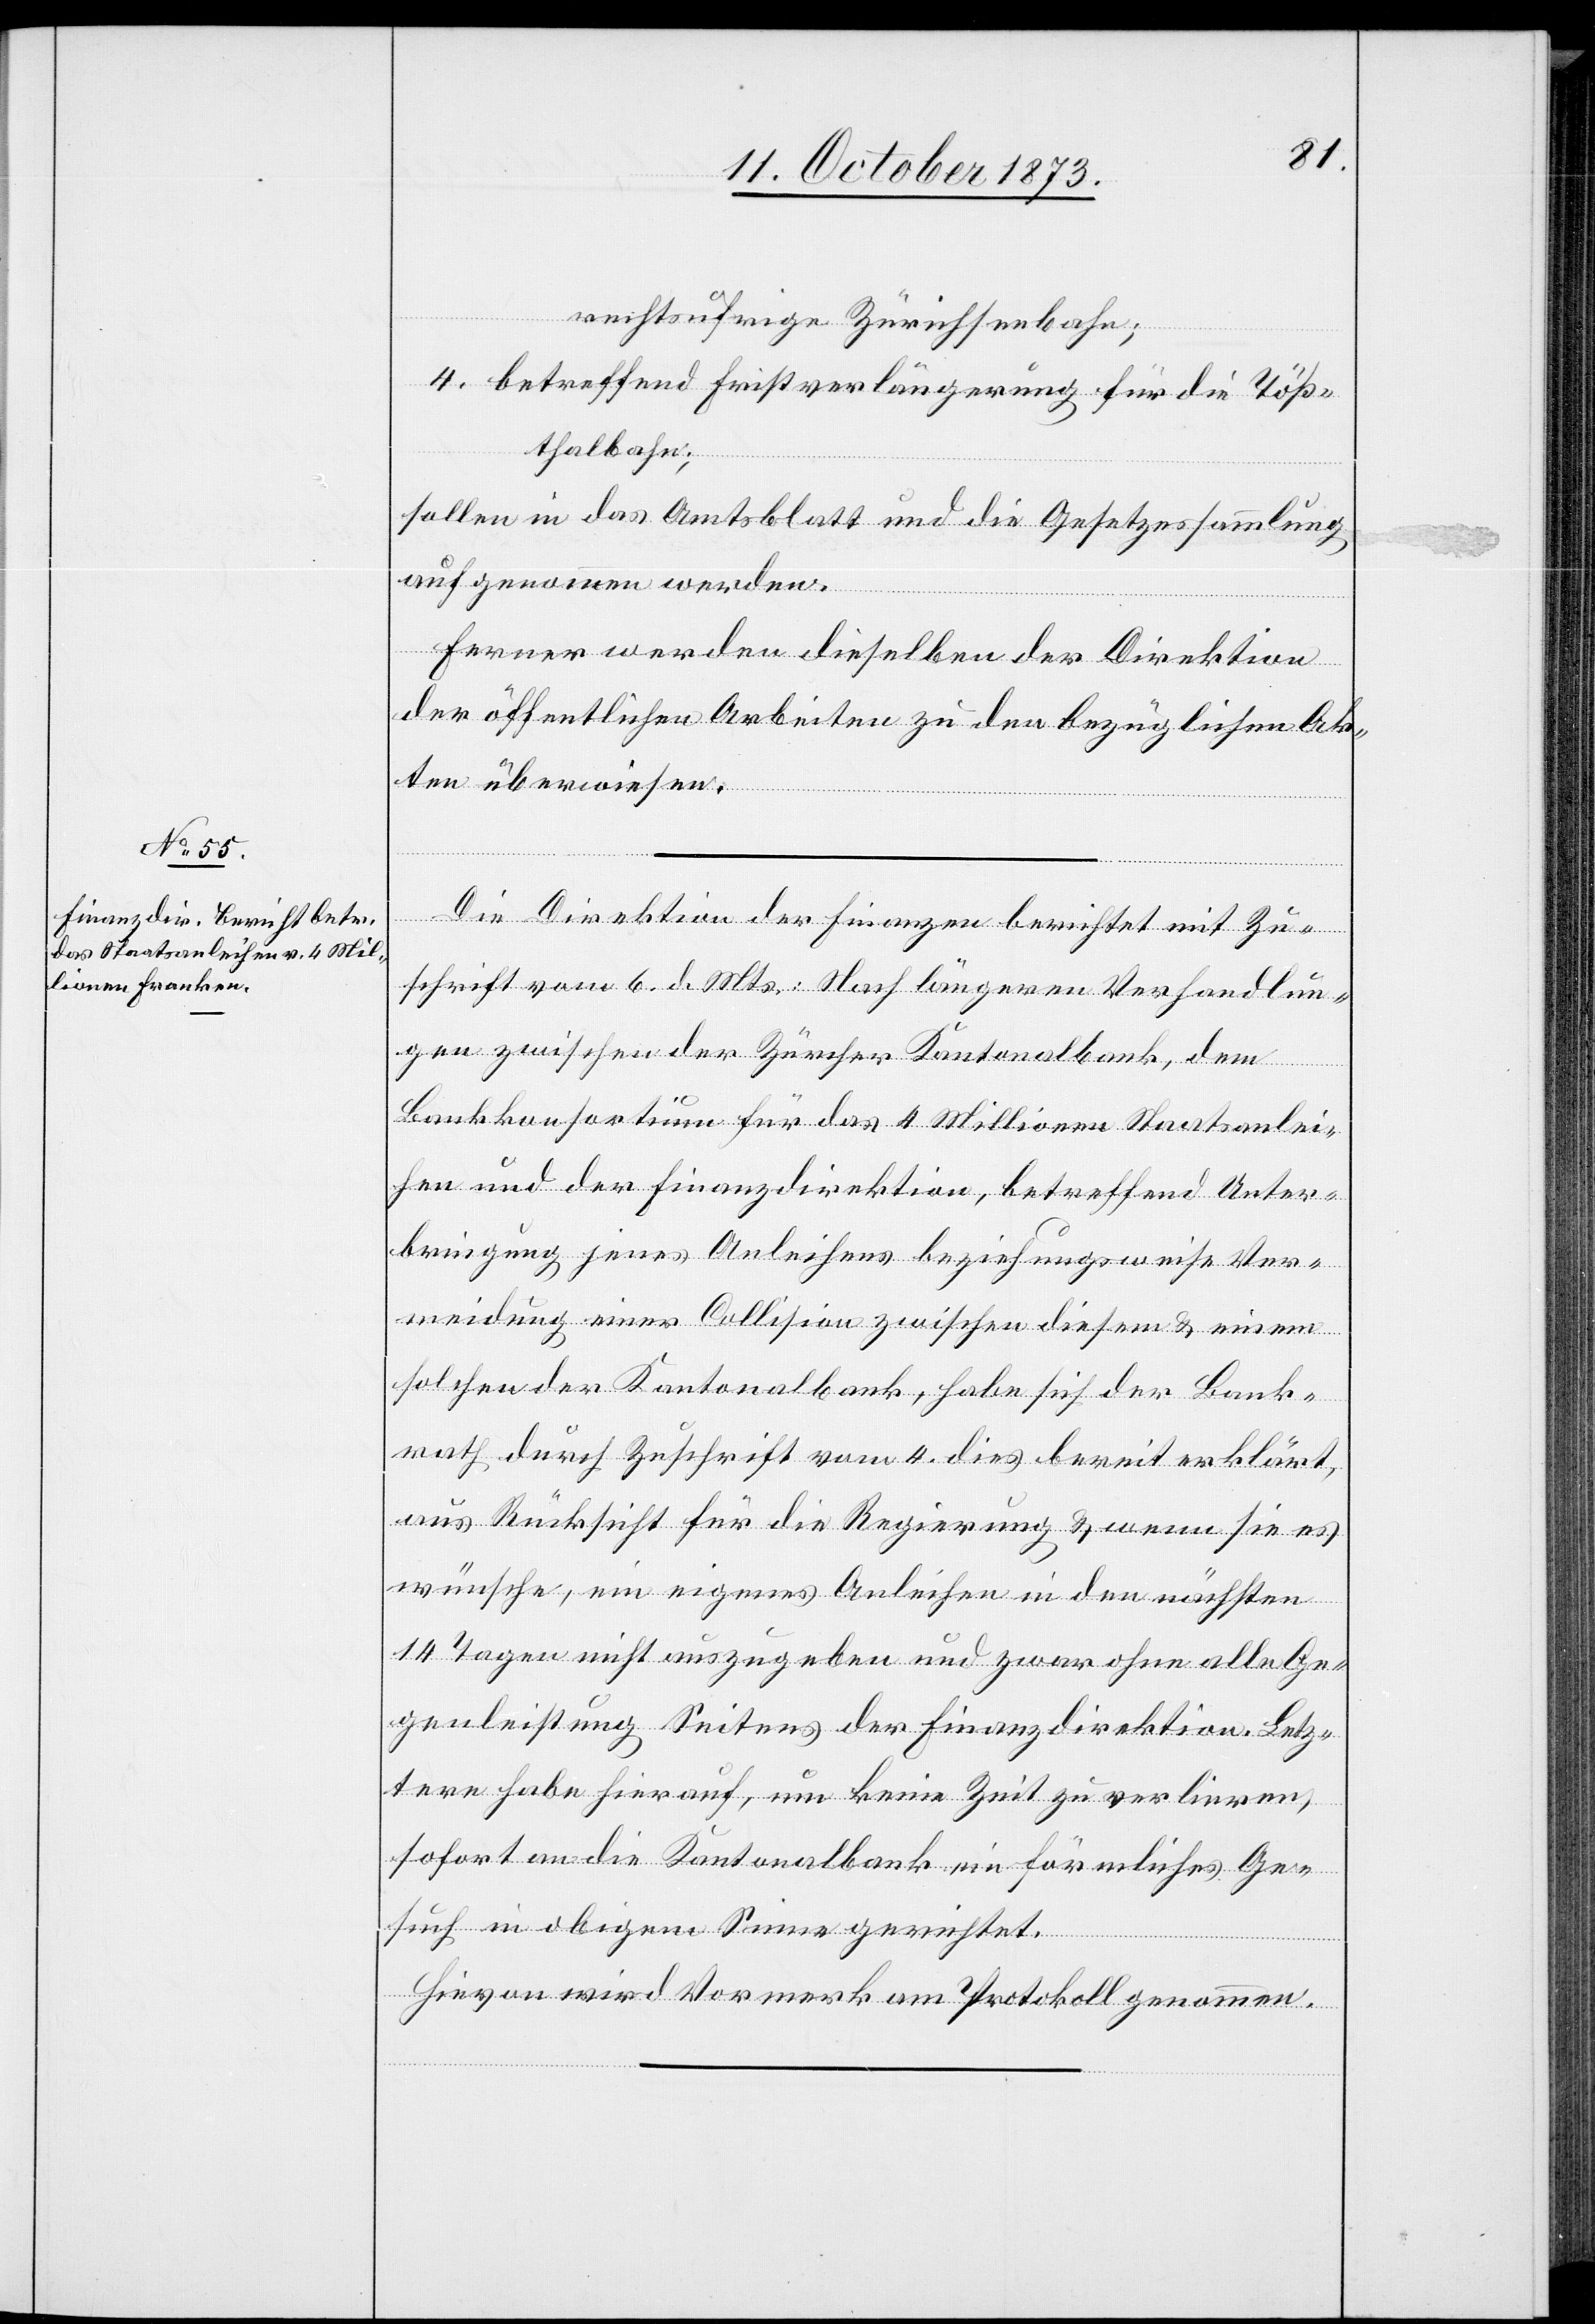
rechtsufrige Zürichseebahn;
4. betreffend Fristverlängerung für die Töß¬
thalbahn;
sollen in das Amtsblatt und die Gesetzessammlung
aufgenommen werden.
Ferner werden dieselben der Direktion
der öffentlichen Arbeiten zu den bezüglichen Ak¬
ten überwiesen.
Die Direktion der Finanzen berichtet mit Zu¬
schrift vom 6. d. Mts.: Nach längeren Verhandlun¬
gen zwischen der Zürcher Kantonalbank, dem
Bankkonsortium für das 4 Millionen Staatsanlei¬
hen und der Finanzdirektion, betreffend Unter¬
bringung jenes Anleihens beziehungsweise Ver¬
meidung einer Collision zwischen diesem & einem
solchen der Kantonalbank, habe sich der Bank¬
rath durch Zuschrift vom 4. dies bereit erklärt,
aus Rücksicht für die Regierung & wenn sie es
wünsche, ein eigenes Anleihen in den nächsten
14 Tagen nicht auszugeben und zwar ohne alle Ge¬
genleistung Seitens der Finanzdirektion. Letz¬
tere habe hierauf, um keine Zeit zu verlieren,
sofort an die Kantonalbank ein förmliches Ge¬
such in obigem Sinne gerichtet.
Hievon wird Vormerk am Protokoll genommen.